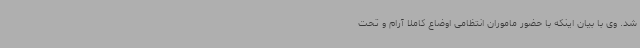
شد. وی با بیان اینکه با حضور ماموران انتظامی اوضاع کاملا آرام و تحت